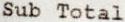
SUB TOTAL